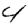
Digit: 4